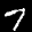
Label: 7